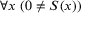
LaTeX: \forall x \ ( 0 \neq S ( x ) )